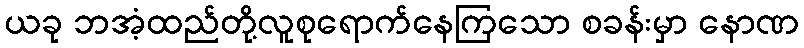
ယခု ဘအံ့ထည်တို့လူစုရောက်နေကြသော စခန်းမှာ နောဏ